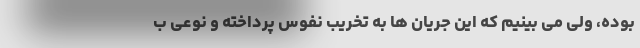
بوده، ولی می بینیم که این جریان ها به تخریب نفوس پرداخته و نوعی ب